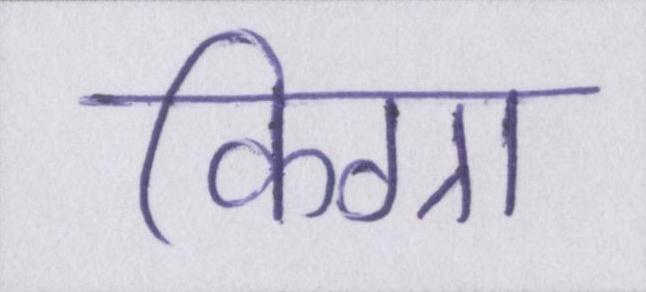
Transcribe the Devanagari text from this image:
किग्रा